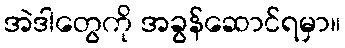
အဲဒါတွေကို အခွန်ဆောင်ရမှာ။